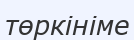
төркініме